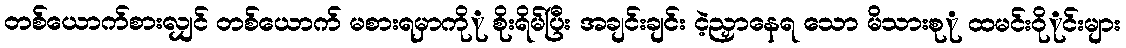
တစ်ယောက်စားလျှင် တစ်ယောက် မစားရမှာကိုု စိုးရိမ်ပြီး အချင်းချင်း ငဲ့ညှာနေရ သော မိသားစုု ထမင်းဝိုုင်းများ